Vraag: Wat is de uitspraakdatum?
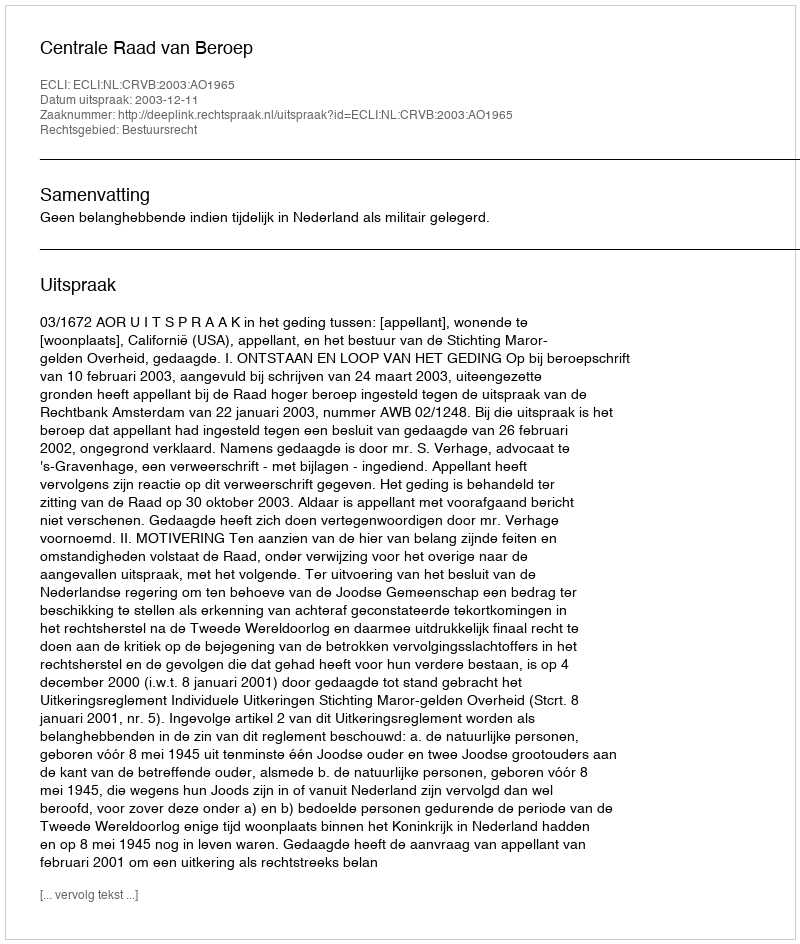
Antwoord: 2003-12-11